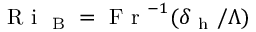
\mathrm { ~ R ~ i ~ } _ { \mathrm { ~ B ~ } } = \mathrm { ~ F ~ r ~ } ^ { - 1 } ( \delta _ { \mathrm { ~ h ~ } } / \Lambda )